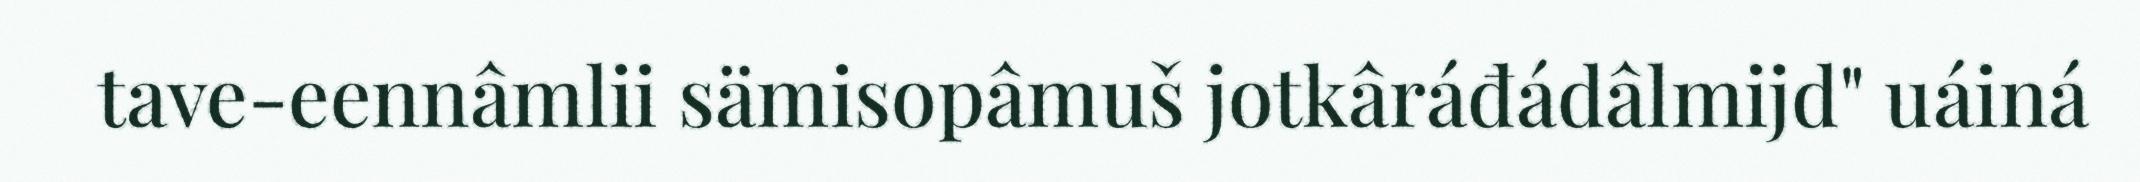
tave-eennâmlii sämisopâmuš jotkâráđádâlmijd" uáiná